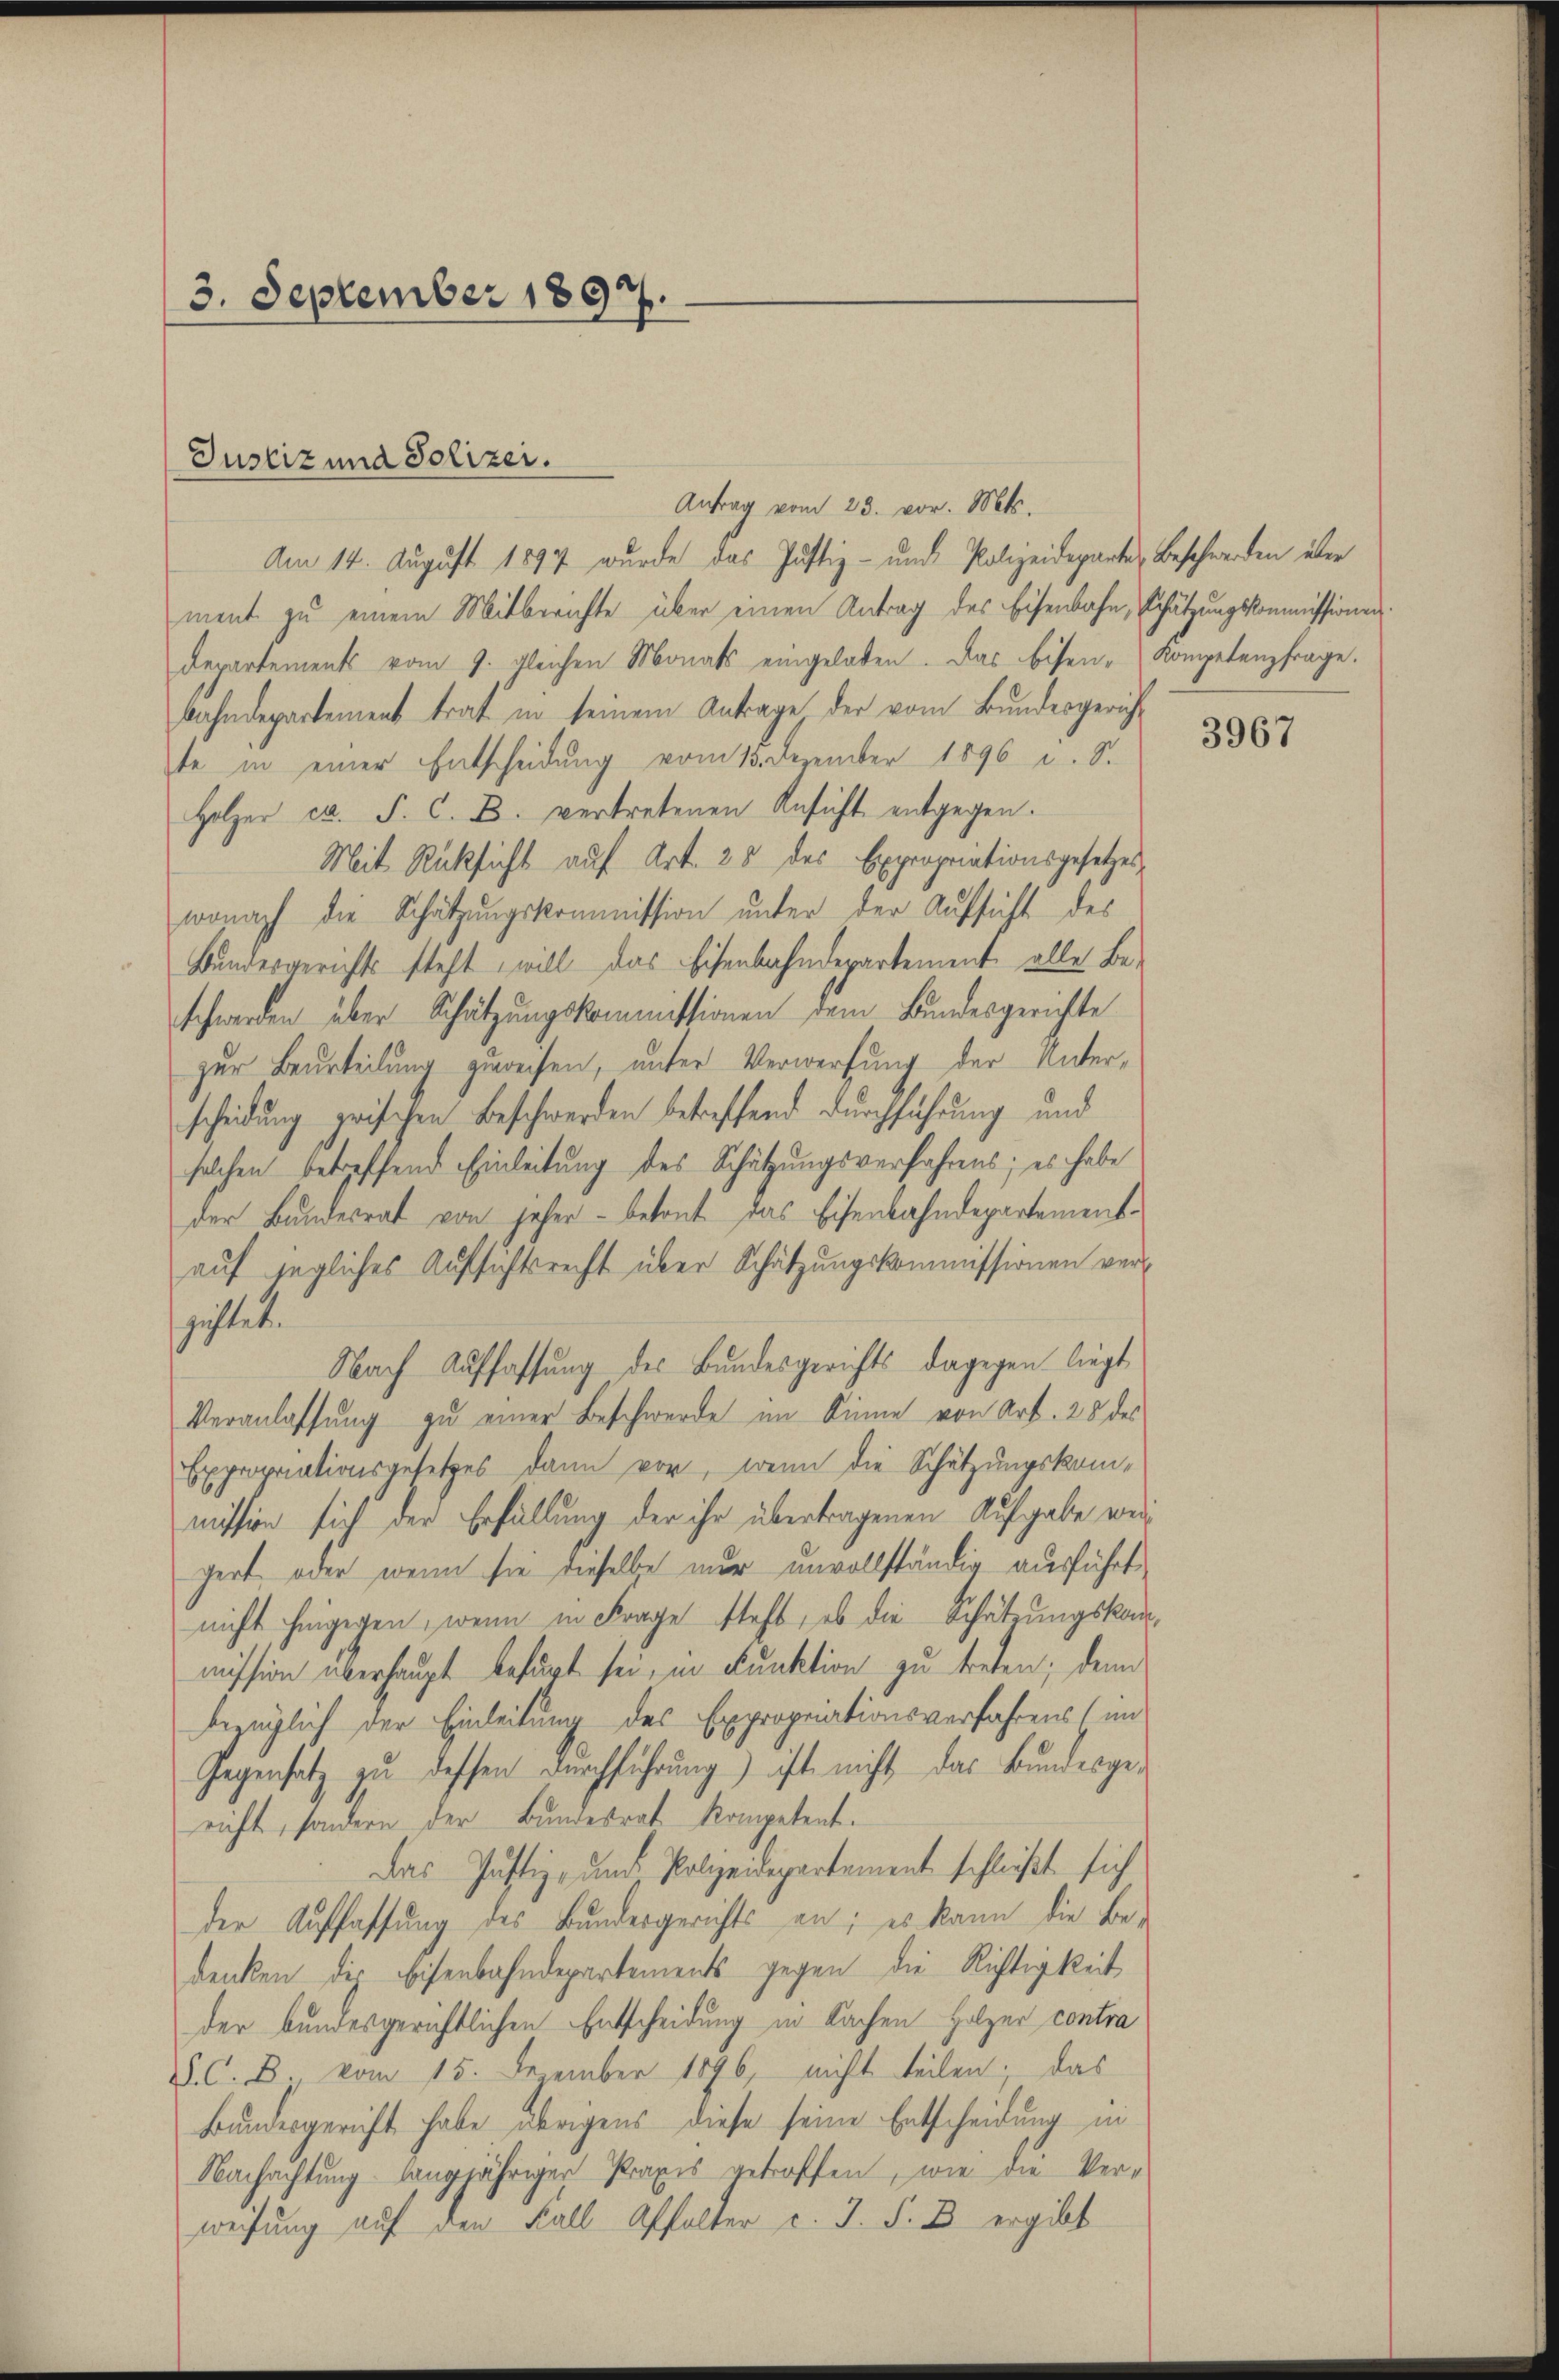
3. September 1897.

Am 14. August 1897 wurde das Justiz- und Polizeideparte Beschwerden über
ment zu einem Mitberichte über einen Antrag des Eisenbahn, Schätzungskommissionen
departements vom 9. gleichen Monats eingeladen. Das Eisen-Kompetenzfrage.
bahndepartement trat in seinem Antrage der vom Bundesgericht
te in einer Entscheidung vom 15. Dezember 1896 u. S.
Holzer et. P. C. D. vertretenen Ansicht entgegen.
Mit Rücksicht auf Art. 25 des Expropriationsgesetzes,
wonach die Schätzungskommission unter der Aufsicht des
Bundesgerichts steht will das Eisenbahndepartement alle Be-
schwerden über Schätzungskommissionen dem Bundesgerichte
zur Beurteilung zuweisen, unter Verwerfung der Unterscheidung zwischen Beschwerden betreffend durchführung und
solchen betreffend Einleitung des Schätzungsverfahrens; es habe
der Bundesrat von jeher - betont das Eisenbahndepartementauf jegliches Aufsichtsrecht über Schätzungskommissionen vergästet.
Nach Auffassung des Bundesgerichts dagegen liegt
Veranlassung zu einer Beschwerde im Sinne von Art. 28 des
Expropriationsgesetzes dann vor, wenn die Schätzungskommission sich der Erfüllung der ihr übertragenen Aufgabe wergert, oder wenn sie dieselbe nur unvollständig ausführt,
nicht hingegen, wenn in Frage steht, ob die Schätzungskammission überhaupt befugt sei, in Funktion zu treten; den
bezüglich der Einleitung des Expropriationsverfahrens (in
Gegensatz zu dessen Durchführung) ist nicht das Bundesgericht, sondern der Bundesrat Kompetent.
Das Justiz- und Polizeidepartement schließt sich
der Auffassung des Bundesgerichts an; es kann die Bedenken die Eisenbahndepartements gegen die Richtigkeit
der bundesgerichtlichen Entscheidung in Sachen Holzer contra
J. C. B., vom 15. December 1896, nicht teilen; das
Bundesgericht habe übrigens diese seine Entscheidung in
Nachachtung langjähriger Praxis getroffen, wie die Verweisung auf den Fall Affolter c. J. F. B. ergibt

Justiz und Polizei.

Antrag vom 23. vor. Mts.

3967